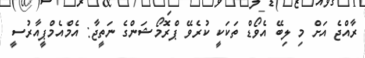
ރާއްޖެ އަށް މި ލިބޭ އެވޯޑް ތަކަކީ ކުރެވޭ ޕްރޮމޯޝަންގެ ނަތީޖާ: އެމްއެމްޕީއާރުސީ